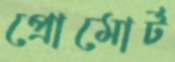
প্রোমোর্ট